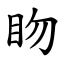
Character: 䀛